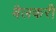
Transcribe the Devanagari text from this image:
बैलकरी